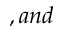
, a n d